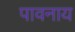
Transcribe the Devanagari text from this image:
पावनाय